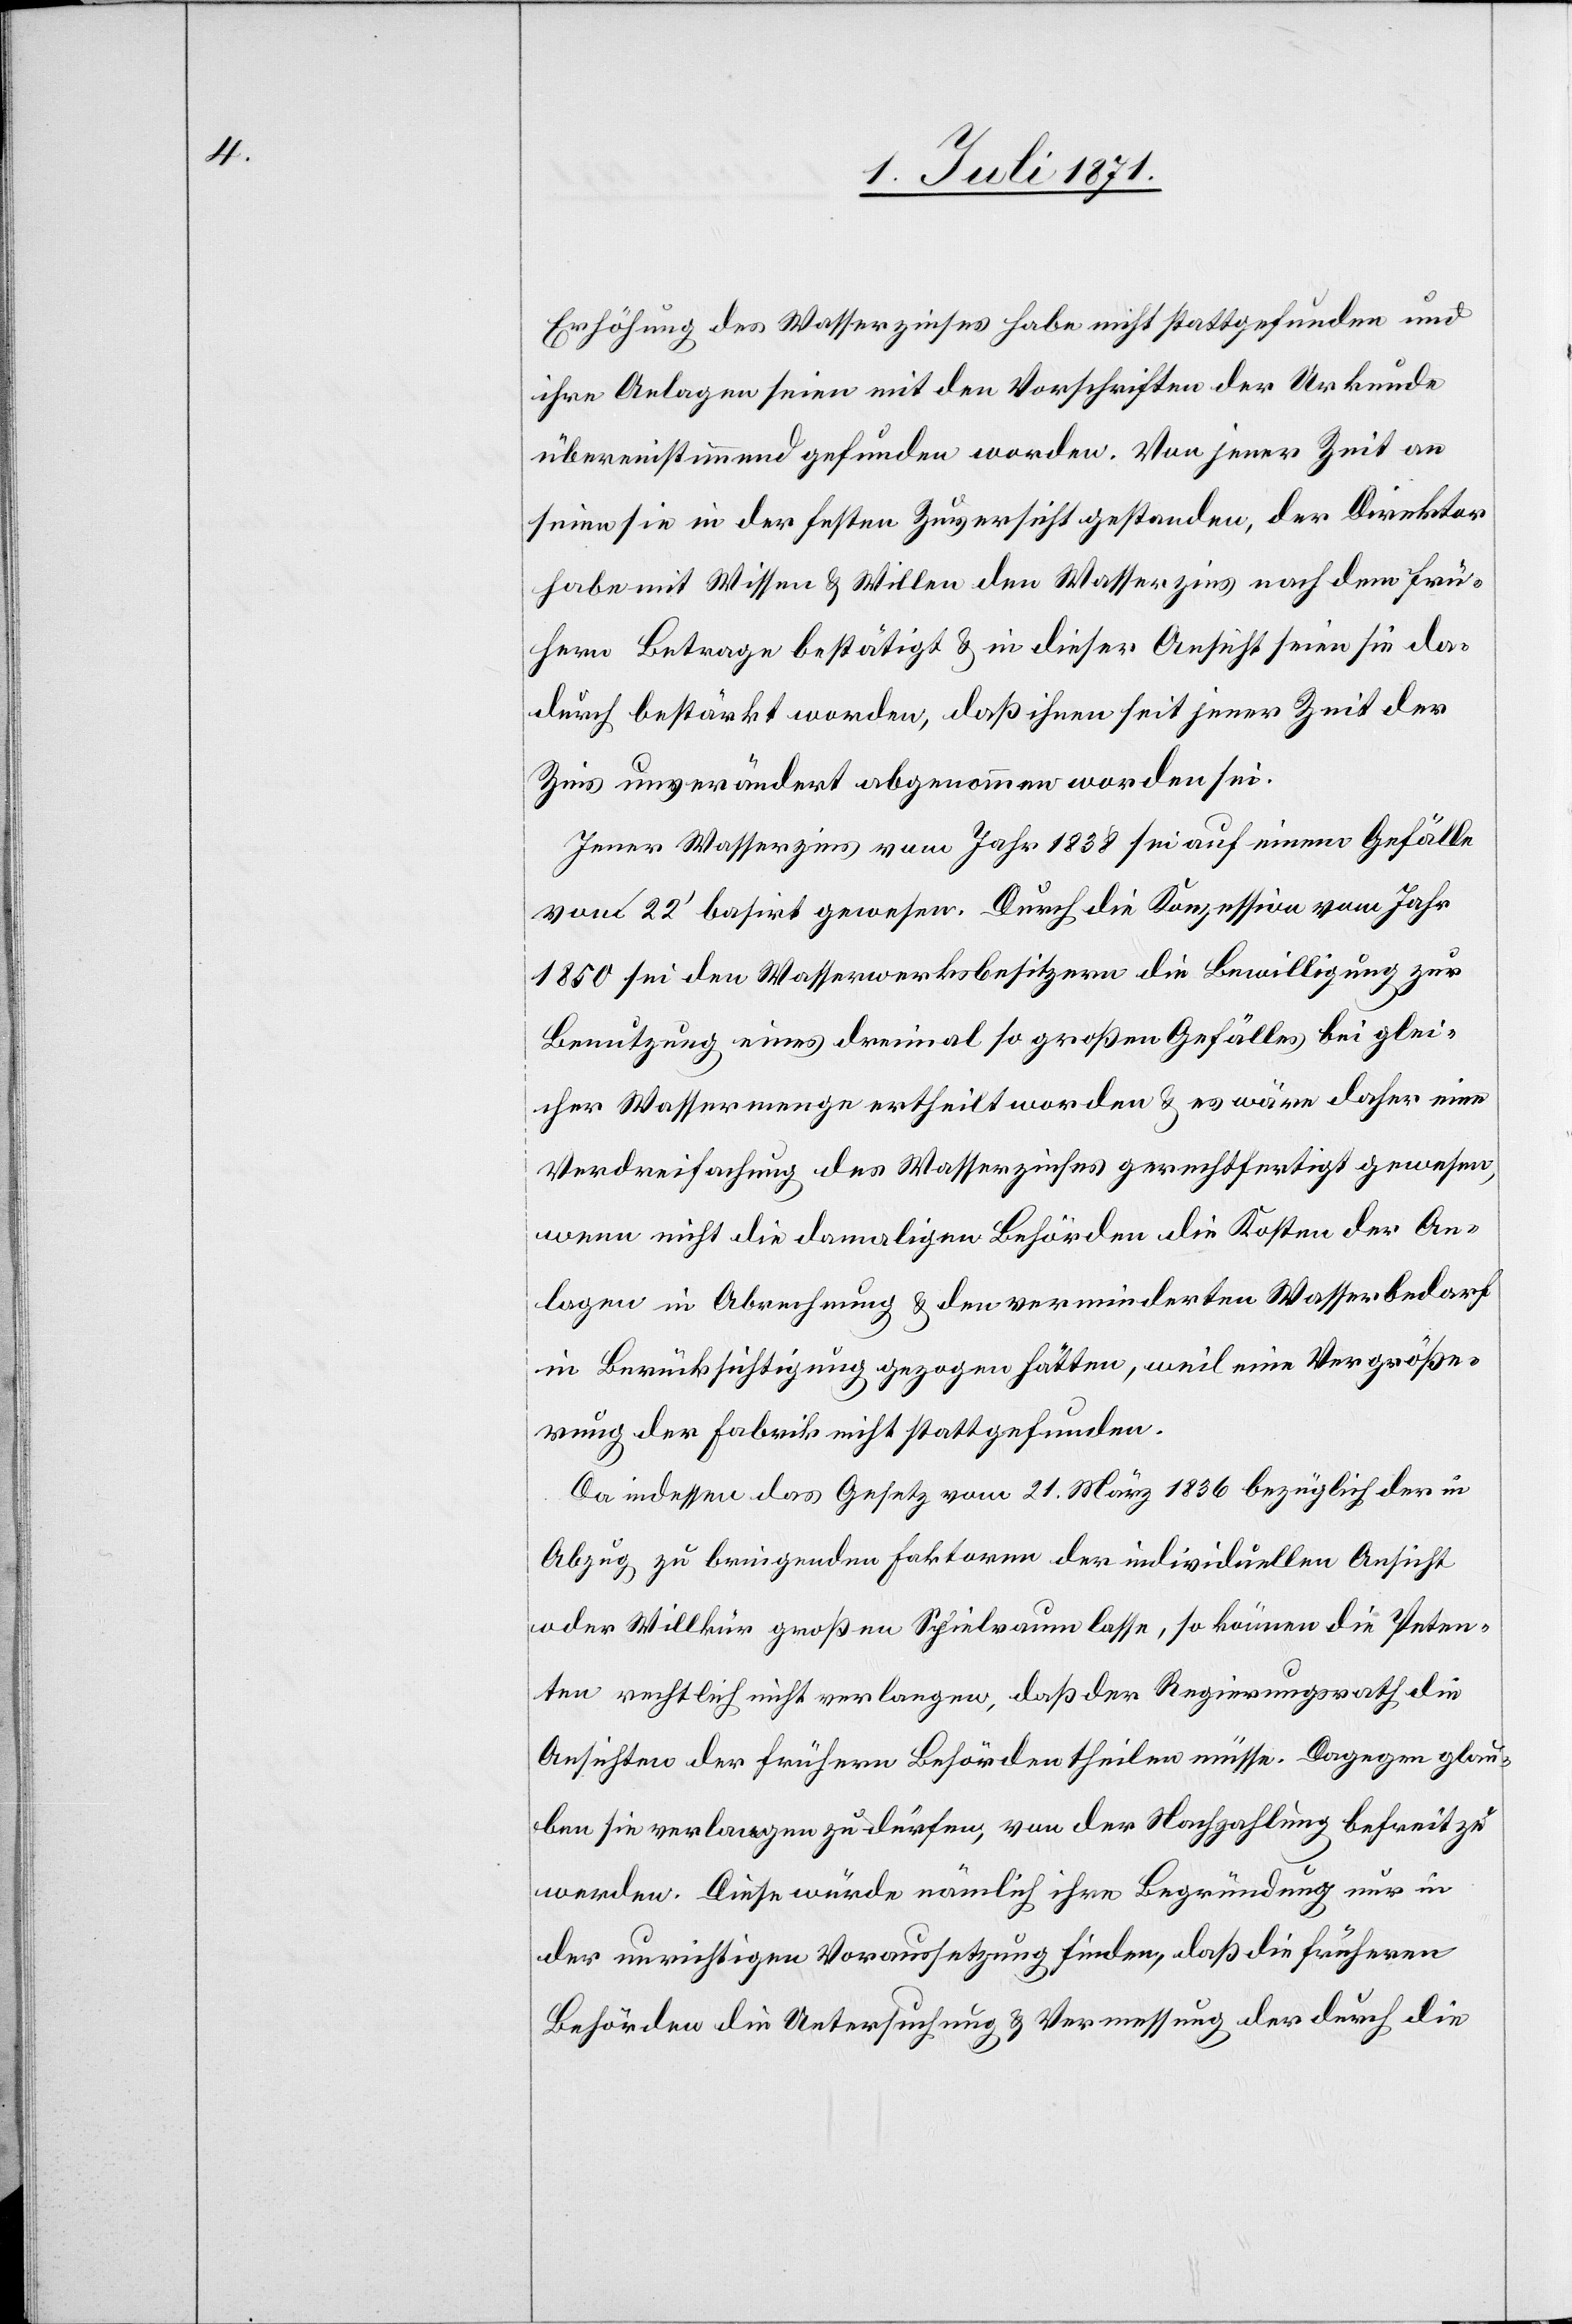
Erhöhung des Wasserzinses habe nicht stattgefunden und
ihre Anlagen seien mit den Vorschriften der Urkunde
übereinstimmend gefunden worden. Von jener Zeit an
seien sie in der festen Zuversicht gestanden, der Direktor
habe mit Wissen u. Willen den Wasserzins nach dem frü¬
hern Betrage bestätigt u. in dieser Ansicht seien sie da¬
durch bestärkt worden, daß ihnen seit jener Zeit der
Zins unverändert abgenommen worden sei.
Jener Wasserzins vom Jahr 1838 sei auf einem Gefälle
von 22‘ basirt gewesen. Durch die Konzession vom Jahr
1850 sei den Wasserwerksbesitzern die Bewilligung zur
Benutzung eines dreimal so großen Gefälles bei glei¬
cher Wassermenge ertheilt worden u. es wäre daher eine
Verdreifachung des Wasserzinses gerechtfertigt gewesen,
wenn nicht die damaligen Behörden die Kosten der An¬
lagen in Abrechnung u. den verminderten Wasserbedarf
in Berücksichtigung gezogen hätten, weil eine Vergröße¬
rung der Fabrik nicht stattgefunden.
Da indessen das Gesuch vom 21. März 1836 bezüglich der in
Abzug zu bringenden Faktoren der individuellen Ansicht
oder Willkür großen Spielraum lasse, so können die Peten¬
ten rechtlich nicht verlangen, daß der Regierungsrath die
Ansichten der frühern Behörden theilen müsse. Dagegen glau¬
ben sie verlangen zu dürfen, von der Nachzahlung befreit zu
werden. Diese würde nämlich ihre Begründung nur in
der unrichtigen Voraussetzung finden, daß die früheren
Behörden die Untersuchung u. Vermessung der durch die